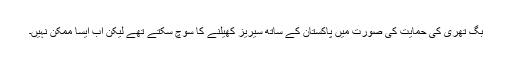
بگ تھری کی حمایت کی صورت میں پاکستان کے ساتھ سیریز کھیلنے کا سوچ سکتے تھے لیکن اب ایسا ممکن نہیں۔